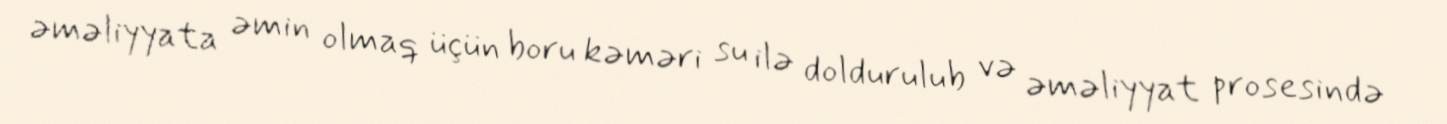
əməliyyata əmin olmaq üçün boru kəməri su ilə doldurulub və əməliyyat prosesində